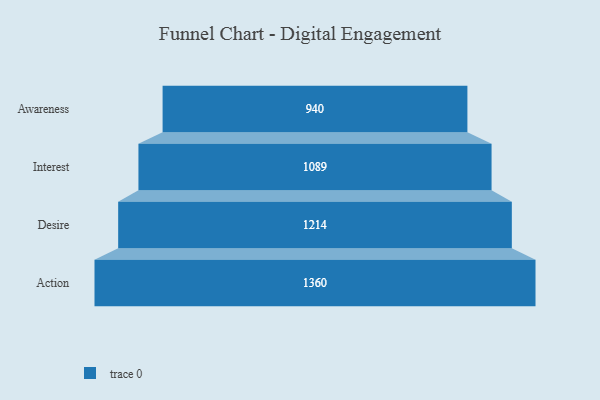
{"axis": {"x": "Stage", "y": "Value"}, "legend": [""], "data": [{"x": "Awareness", "y": 940.0, "type": ""}, {"x": "Interest", "y": 1089.0, "type": ""}, {"x": "Desire", "y": 1214.0, "type": ""}, {"x": "Action", "y": 1360.0, "type": ""}]}